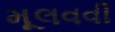
મૂલવવી